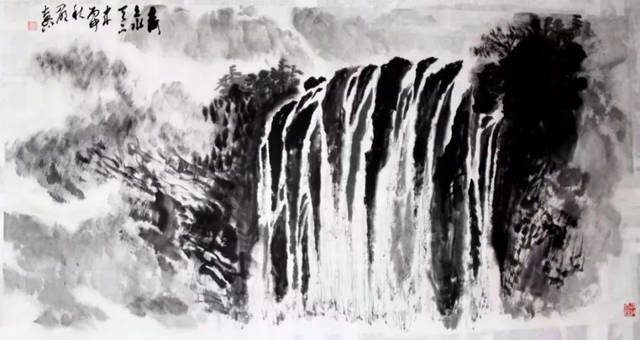
佯北勿从，锐卒勿攻，饵兵勿食